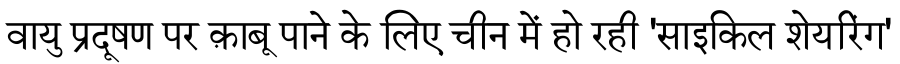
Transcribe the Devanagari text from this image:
वायु प्रदूषण पर क़ाबू पाने के लिए चीन में हो रही 'साइकिल शेयरिंग'